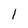
Character: 1